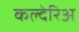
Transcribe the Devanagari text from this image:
कल्देरिअ